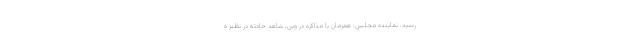
رسید. نماینده مجلس: همزمان با مذاکره در وین، شاهد حادثه در نظنز ه